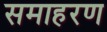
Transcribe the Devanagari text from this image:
समाहरण